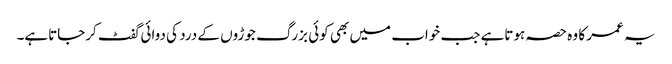
یہ عمر کا وہ حصہ ہوتاہے جب خواب میں بھی کوئی بزرگ جوڑوں کے درد کی دوائی گفٹ کرجاتاہے۔